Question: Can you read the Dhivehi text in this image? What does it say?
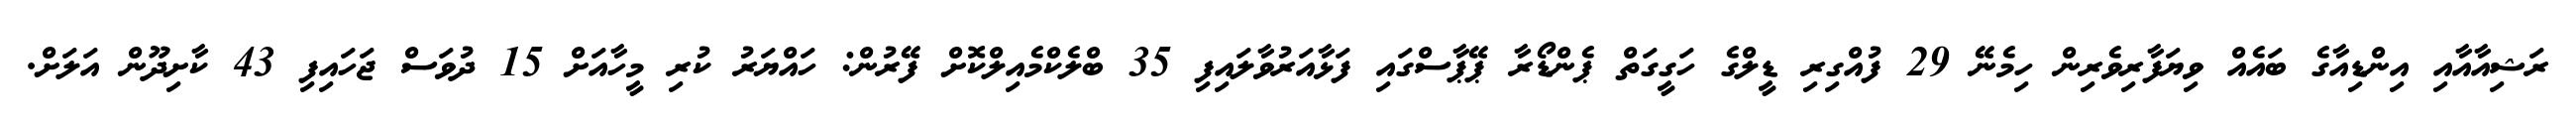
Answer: ރަޝިއާއާއި އިންޑިއާގެ ބައެއް ވިޔަފާރިވެރިން ހިމެނޭ 29 ފުއްގިރި ޑީލްގެ ހަގީގަތް ޕެންޑޯރާ ޕޭޕާސްގައި ފަޅާއަރުވާލައިފި 35 ބްލެކްމެއިލްކޮށް ފޭރުން: ހައްޔަރު ކުރި މީހާއަށް 15 ދުވަސް ޖަހައިފި 43 ކާށިދޫން އަލަށް.